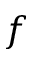
f